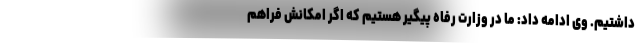
داشتیم. وی ادامه داد: ما در وزارت رفاه پیگیر هستیم که اگر امکانش فراهم